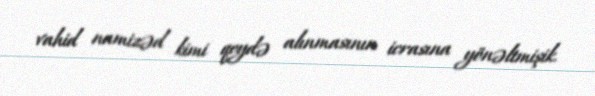
vahid namizəd kimi qeydə alınmasının icrasına yönəltmişik.